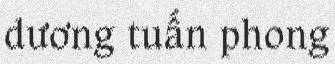
dương tuấn phong